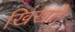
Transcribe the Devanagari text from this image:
खिखते